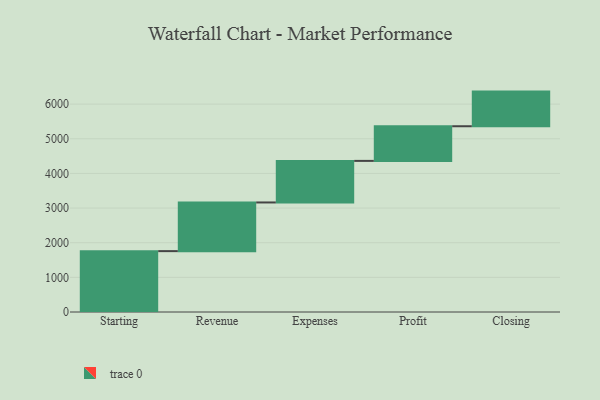
{"axis": {"x": "Step", "y": "Value"}, "legend": [""], "data": [{"x": "Starting", "y": 1757.0, "type": ""}, {"x": "Revenue", "y": 1405.0, "type": ""}, {"x": "Expenses", "y": 1200.0, "type": ""}, {"x": "Profit", "y": 1000, "type": ""}, {"x": "Closing", "y": 1000, "type": ""}]}